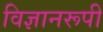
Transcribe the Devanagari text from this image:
विज्ञानरूपी